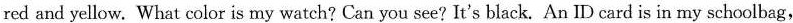
red and yellow. What color is my watch? Can you see? It's black. An ID card is in my schoolbag,